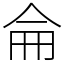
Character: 侖